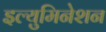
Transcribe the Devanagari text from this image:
इल्युमिनेशन